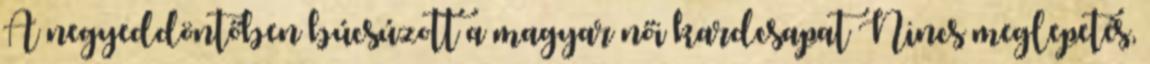
A negyeddöntőben búcsúzott a magyar női kardcsapat Nincs meglepetés,